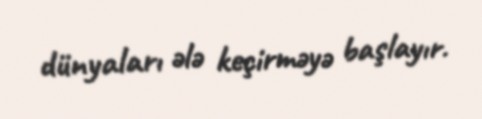
dünyaları ələ keçirməyə başlayır.